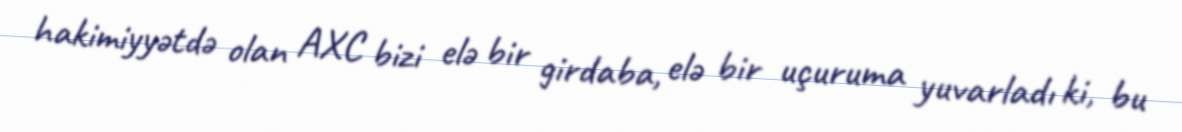
hakimiyyətdə olan AXC bizi elə bir girdaba, elə bir uçuruma yuvarladı ki, bu